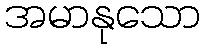
အမာနုသော